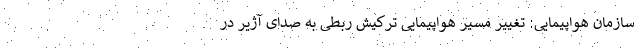
سازمان هواپیمایی: تغییر مسیر هواپیمایی ترکیش ربطی به صدای آژیر در